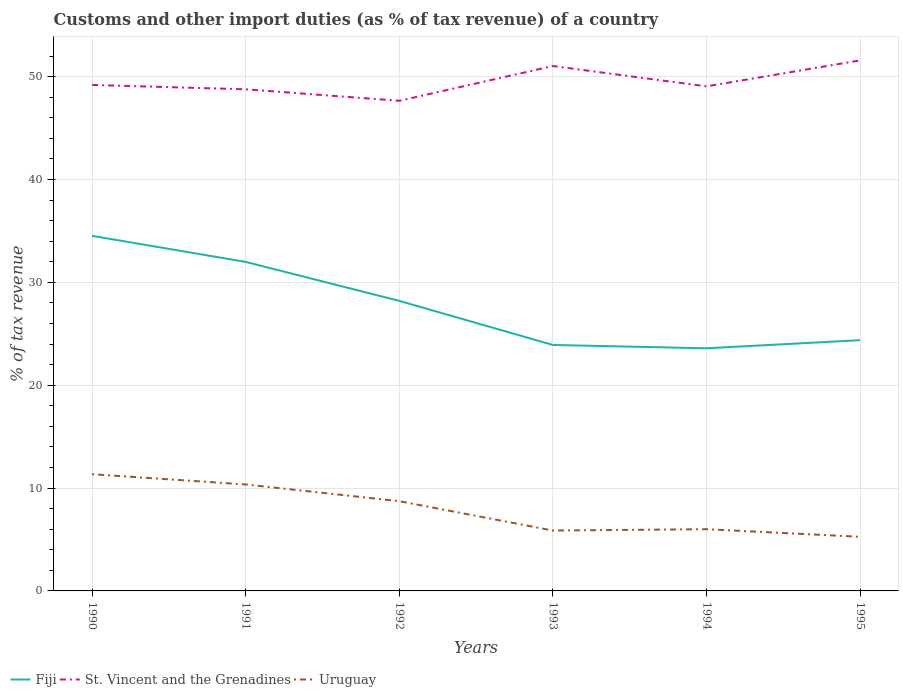
| Years | Fiji | St. Vincent and the Grenadines | Uruguay |
 | --- | --- | --- | --- |
 | 1990 | 34.5 | 49.2 | 11.4 |
 | 1991 | 32 | 48.8 | 10.4 |
 | 1992 | 28.2 | 47.7 | 8.73 |
 | 1993 | 23.9 | 51 | 5.87 |
 | 1994 | 23.6 | 49.1 | 6 |
 | 1995 | 24.4 | 51.6 | 5.26 |